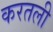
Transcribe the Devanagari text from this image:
करतली